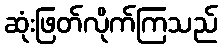
ဆုံးဖြတ်လိုက်ကြသည်